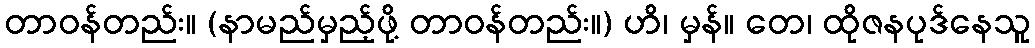
တာဝန်တည်း။ (နာမည်မှည့်ဖို့ တာဝန်တည်း။) ဟိ၊ မှန်။ တေ၊ ထိုဇနပုဒ်နေသူ